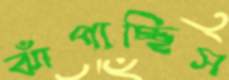
ঝাঁপাচ্ছিস